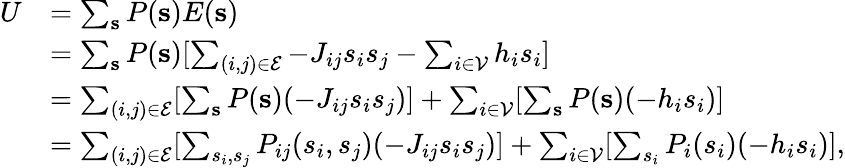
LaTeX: \begin{array}{rl}{U}&{=\sum_{\mathbf{s}}P(\mathbf{s})E(\mathbf{s})}\\ &{=\sum_{\mathbf{s}}P(\mathbf{s})[\sum_{(i,j)\in\mathcal{E}}-J_{ij}s_{i}s_{j}-\sum_{i\in\mathcal{V}}h_{i}s_{i}]}\\ &{=\sum_{(i,j)\in\mathcal{E}}[\sum_{\mathbf{s}}P(\mathbf{s})(-J_{ij}s_{i}s_{j})]+\sum_{i\in\mathcal{V}}[\sum_{\mathbf{s}}P(\mathbf{s})(-h_{i}s_{i})]}\\ &{=\sum_{(i,j)\in\mathcal{E}}[\sum_{s_{i},s_{j}}P_{ij}(s_{i},s_{j})(-J_{ij}s_{i}s_{j})]+\sum_{i\in\mathcal{V}}[\sum_{s_{i}}P_{i}(s_{i})(-h_{i}s_{i})],}\end{array}